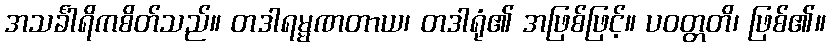
အသင်္ခါရိကစိတ်သည်။ တဒါရမ္မဏတာယ၊ တဒါရုံ၏ အဖြစ်ဖြင့်။ ပဝတ္တတိ၊ ဖြစ်၏။